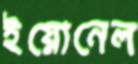
ইয়োনেল